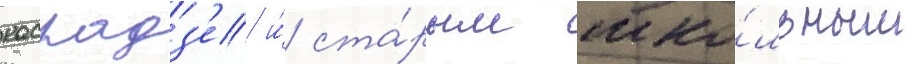
касрадз'е и́ ста́рым шко́льным